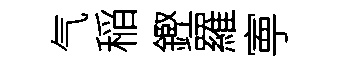
气稲鏗羅寕